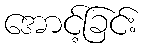
အောင့်ခြင်း